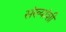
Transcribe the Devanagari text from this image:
संख्यांशी